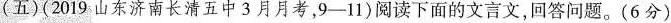
(五)(2019山东济南长清五中3月月考，9-11）阅读下面的文言文，回答问题。(6分）